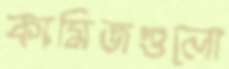
কামিজগুলো